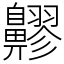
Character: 𪖷